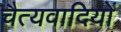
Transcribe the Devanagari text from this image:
चैत्यवादियों